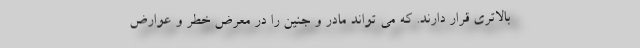
بالاتری قرار دارند. که می تواند مادر و جنین را در معرض خطر و عوارض